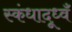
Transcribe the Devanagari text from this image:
स्कंधादूध्वँ